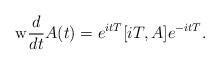
LaTeX: \begin{align*}\mathrm{w}\frac{d}{dt}A(t)=e^{itT}[iT,A]e^{-itT}.\end{align*}